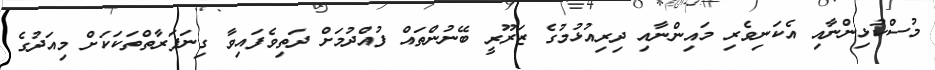
މުސްކުޅިންނާއި އެކަނިވެރި މައިންނާއި ދިރިއުޅުމުގެ ޒަރޫރީ ބޭނުންތައް ފުއްދުމަށް ދަތިވެފައިވާ ގިނަފަރާތްތަކަކަށް މިއަދުގެ